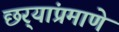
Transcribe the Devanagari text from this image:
छर्‍यांप्रमाणे